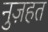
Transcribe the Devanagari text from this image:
नुज़हत